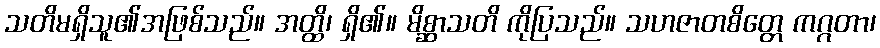
သတိမရှိသူ၏အဖြစ်သည်။ အတ္ထိ၊ ရှိ၏။ မိစ္ဆာသတိ ကိုပြသည်။ သဟဇာတစိတ္တေ ကဂ္ဂတာ၊